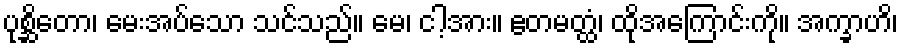
ပုစ္ဆိတော၊ မေးအပ်သော သင်သည်။ မေ၊ ငါ့အား။ ဧတမတ္ထံ၊ ထိုအကြောင်းကို။ အက္ခာဟိ၊